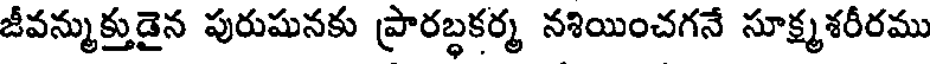
జీవన్ముక్తుడైన పురుషునకు ప్రారబ్ధకర్మ నశియించగనే సూక్ష్మశరీరము